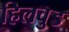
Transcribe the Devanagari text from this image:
हिलवुड